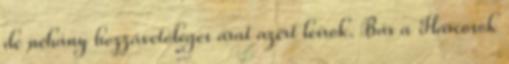
de néhány hozzávetőleges árat azért leírok. Bár a Harcosok